Indian journal of veterinary science and animal husbandry - Volumes 26-27, 1956-1957
Year: 1956
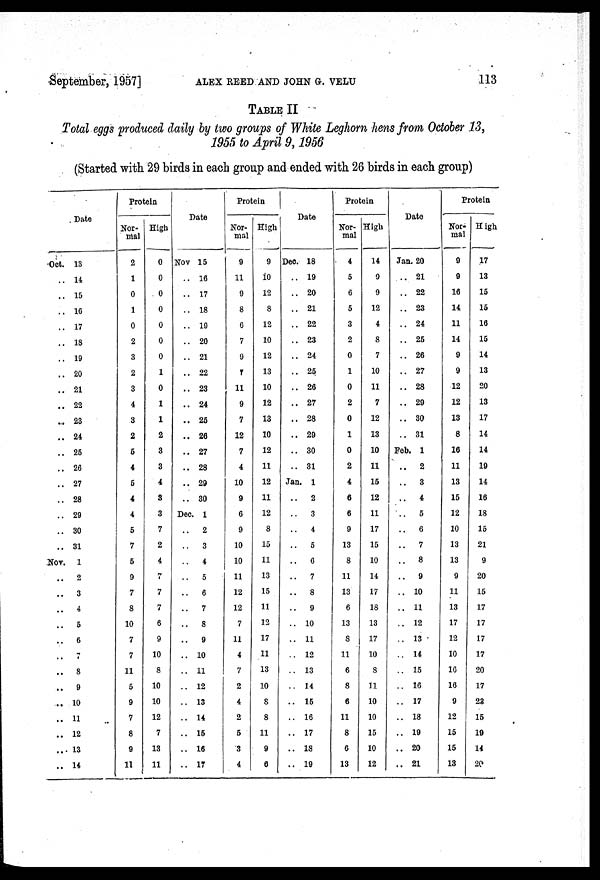
September, 1957] ALEX REED AND JOHN G. VELU 113
TABLE II
Total eggs produced daily by two groups of White Leghorn hens from October 13,
1955 to April 9, 1956
(Started with 29 birds in each group and ended with 26 birds in each group)
Date
Oct. 13
.. 14
.. 15
.. 16
.. 17
.. 18
.. 19
.. 20
.. 21
.. 22
.. 23
.. 24
.. 25
.. 26
.. 27
.. 28
.. 29
.. 30
.. 31
NOV. 1
.. 2
..
3
..
4
..
5
..
6
..
7
..
8
..
9
.. 10
.. 11
.. 12
.. 13
.. 14
Protein
Normal
2
1
0
1
0
2
3
2
3
4
3
2
5
4
5
4
4
5
7
5
9
7
8
10
7
7
11
5
9
7
8
9
11
High
0
0
0
0
0
0
0
1
0
1
1
2
3
3
4
8
3
7
2
4
7
7
7
6
9
10
8
10
10
12
7
13
11
Date
Nov 15
.. 16
.. 17
.. 18
.. 19
.. 20
.. 21
.. 22
.. 23
.. 24
.. 25
.. 26
.. 27
.. 28
.. 29
.. 30
Dec. 1
..
2
..
3
..
4
..
5
..
6
..
7
..
8
.. 9
.. 10
.. 11
.. 12
.. 13
.. 14
.. 15
.. 16
.. 17
Protein
Normal
9
11
9
8
6
7
9
7
11
9
7
12
7
4
10
9
6
9
10
10
11
12
12
7
11
4
7
2
4
2
5
3
4
High
9
10
12
8
12
10
12
13
10
12
13
10
12
11
12
11
12
8
15
11
13
15
11
12
17
11
13
10
8
8
11
9
6
Date
Dec. 18
.. 19
.. 20
.. 21
.. 22
.. 23
.. 24
.. 25
.. 26
.. 27
.. 28
.. 29
.. 30
.. 31
Jan. 1
.. 2
..
3
..
4
..
5
..
6
..
7
..
8
.. 9
.. 10
.. 11
.. 12
.. 13
.. 14
.. 15
.. 16
.. 17
.. 18
.. 19
Protein
Normal
4
5
6
5
3
2
0
1
0
2
0
1
0
2
4
6
6
9
13
8
11
13
6
13
S
11
6
8
6
11
8
6
13
High
14
9
9
12
4
8
7
10
11
7
12
13
10
11
15
12
11
17
15
10
14
17
18
13
17
10
8
11
10
10
15
10
12
Date
Jan. 20
.. 21
.. 22
.. 23
.. 24
.. 25
.. 26
.. 27
.. 28
.. 29
.. 30
.. 31
Feb. 1
..
2
..
3
..
4
..
5
..
6
..
7
..
8
..
9
.. 10
.. 11
.. 12
.. 13
.. 14
.. 15
.. 16
.. 17
.. 18
.. 19
.. 20
.. 21
Protein
Normal
9
9
16
14
11
14
9
9
12
12
13
8
16
11
13
15
12
10
13
13
9
11
13
17
12
10
16
16
9
12
15
15
13
High
17
13
15
15
16
15
14
13
20
13
17
14
14
19
14
16
18
15
21
9
20
15
17
17
17
17
20
17
23
15
19
14
20